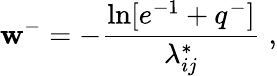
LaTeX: \mathbf{w}^{-}=-\frac{{\ln[e^{-1}+q^{-}]}}{{\lambda_{ij}^{*}}}\; ,